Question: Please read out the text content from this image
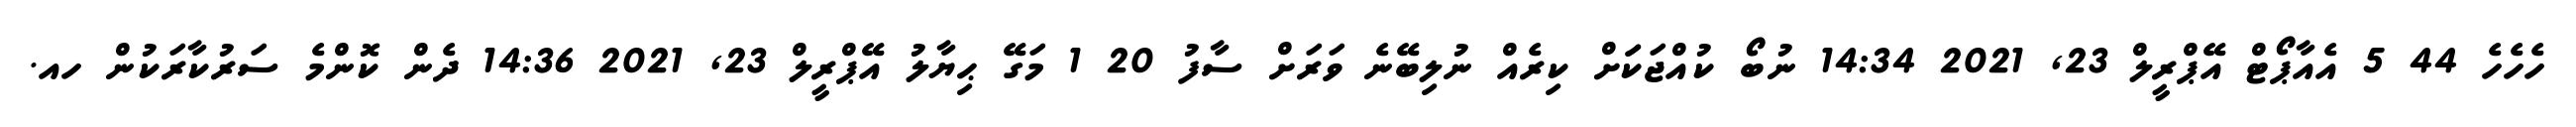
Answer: ހެހެހެ 44 5 އެއާޕޯޓް އޭޕްރީލް 23, 2021 14:34 ނުބޯ ކުއްޖަކަަށް ކިރެއް ނުލިބޭނެ ވަރަށް ސާފު 20 1 މަގޭ ޙިޔާލު އޭޕްރީލް 23, 2021 14:36 ދެން ކޮންމެ ސަރުކާރަކުން ހއ.